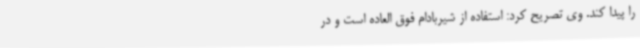
را پیدا کند. وی تصریح کرد: استفاده از شیربادام فوق العاده است و در